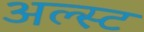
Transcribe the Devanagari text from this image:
अल्स्ट